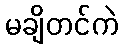
မချိတင်ကဲ